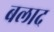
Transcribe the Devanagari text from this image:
बलाद